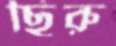
ছিরু